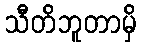
သီတိဘူတာမှိ